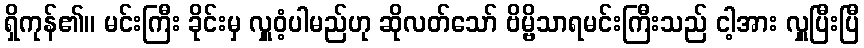
ရှိကုန်၏။ မင်းကြီး ခိုင်းမှ လှူဝံ့ပါမည်ဟု ဆိုလတ်သော် ဗိမ္ဗိသာရမင်းကြီးသည် ငါ့အား လှူပြီးပြီ